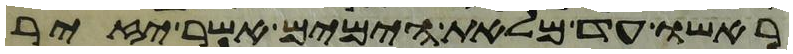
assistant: ראשו עד מלאת הימים אשר יזיר